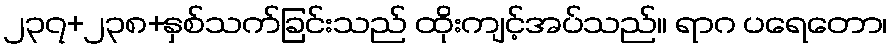
၂၃၇+၂၃၈+နှစ်သက်ခြင်းသည် ထိုးကျင့်အပ်သည်။ ရာဂ ပရေတော၊